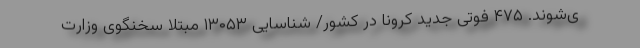
ی‌شوند. ۴۷۵ فوتی جدید کرونا در کشور/ شناسایی ۱۳۰۵۳ مبتلا سخنگوی وزارت